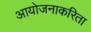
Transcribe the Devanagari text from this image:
आयोजनाकरिता